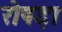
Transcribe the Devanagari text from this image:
रोषड़ा